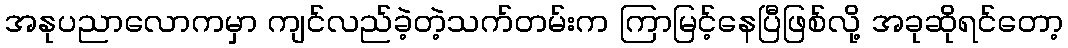
အနုပညာလောကမှာ ကျင်လည်ခဲ့တဲ့သက်တမ်းက ကြာမြင့်နေပြီဖြစ်လို့ အခုဆိုရင်တော့